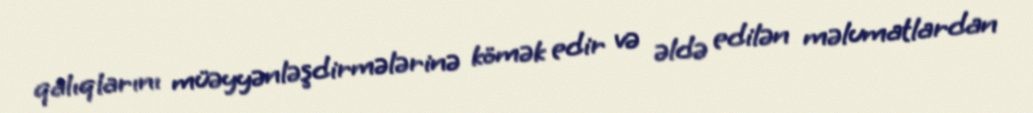
qalıqlarını müəyyənləşdirmələrinə kömək edir və əldə edilən məlumatlardan